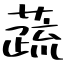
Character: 蔬